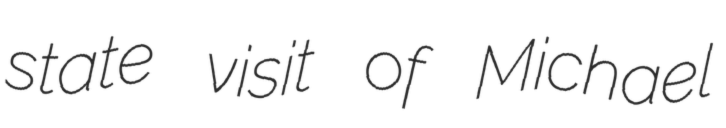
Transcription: state visit of Michael